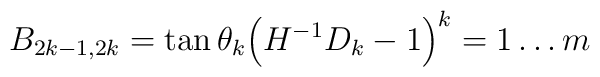
B_{2k-1,2k} = \tan \theta_k \Big( H^{-1} D_k - 1\Big) \sp k=1 \ldots m